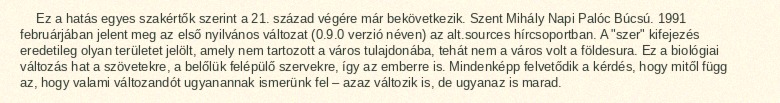
Ez a hatás egyes szakértők szerint a 21. század végére már bekövetkezik. Szent Mihály Napi Palóc Búcsú. 1991 februárjában jelent meg az első nyilvános változat (0.9.0 verzió néven) az alt.sources hírcsoportban. A "szer" kifejezés eredetileg olyan területet jelölt, amely nem tartozott a város tulajdonába, tehát nem a város volt a földesura. Ez a biológiai változás hat a szövetekre, a belőlük felépülő szervekre, így az emberre is. Mindenképp felvetődik a kérdés, hogy mitől függ az, hogy valami változandót ugyanannak ismerünk fel – azaz változik is, de ugyanaz is marad.